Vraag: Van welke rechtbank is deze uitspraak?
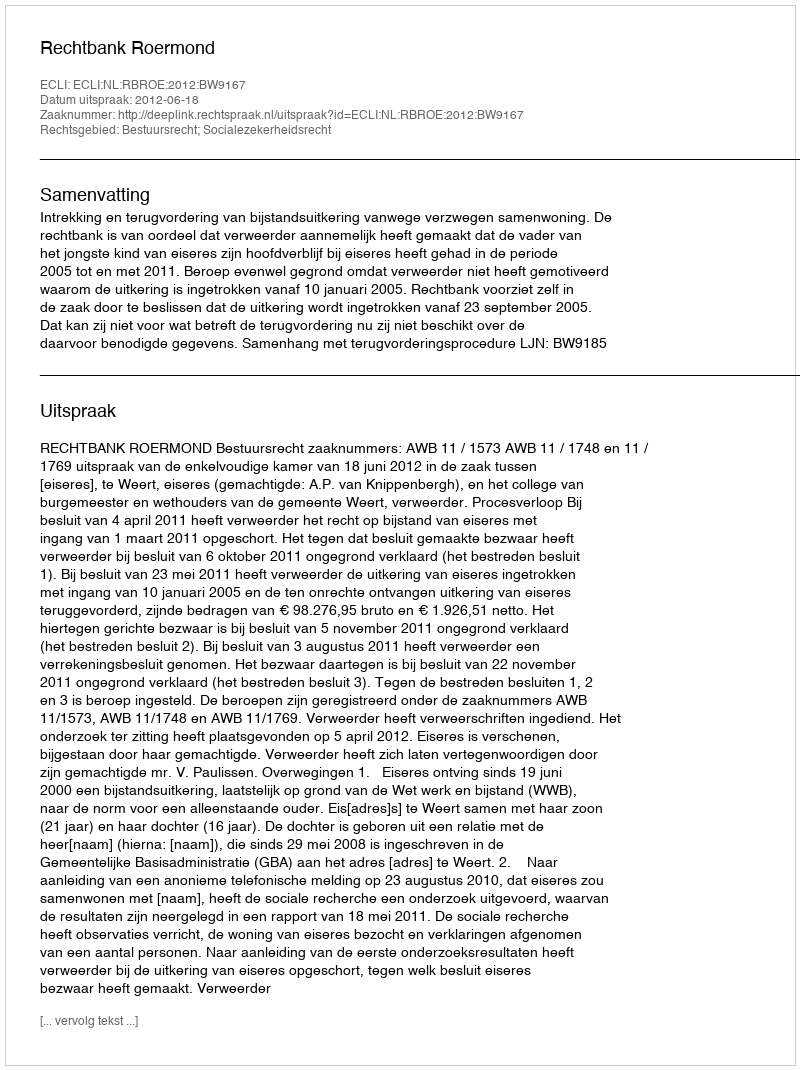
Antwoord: Rechtbank Roermond